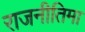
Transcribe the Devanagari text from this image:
राजनीतिमा